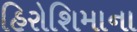
હિરોશિમાના